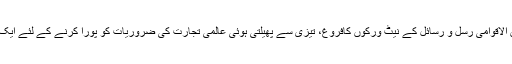
اس وجہ سے مفید اور متبادل بین الاقوامی رسل و رسائل کے نیٹ ورکوں کافروغ، تیزی سے پھیلتی ہوئی عالمی تجارت کی ضروریات کو پورا کرنے کے لئے ایک ضرورت کی حیثیت رکھتا ہے۔